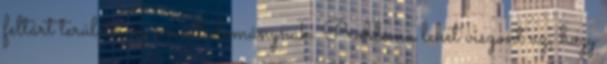
feltárt területei az orvostudománynak. Probléma lehet viszont az, hogy